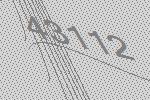
43112